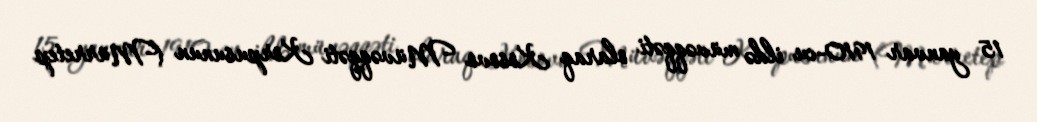
15 yanvar 1910-cu ildə müvəqqəti olaraq Kosovo Müvəqqəti Korpusunun (Mürretep